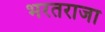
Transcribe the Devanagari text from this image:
भरतराजा